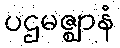
ပဌမဇ္ဈာနံ